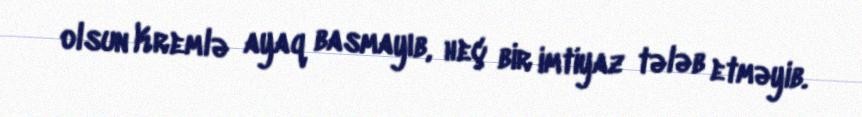
olsun Kremlə ayaq basmayıb, heç bir imtiyaz tələb etməyib.